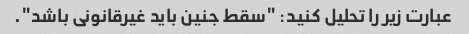
عبارت زیر را تحلیل کنید: "سقط جنین باید غیرقانونی باشد".